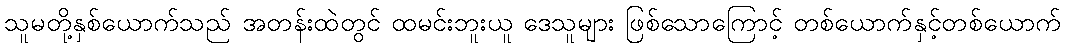
သူမတို့နှစ်ယောက်သည် အတန်းထဲတွင် ထမင်းဘူးယူ ဒေသူများ ဖြစ်သောကြောင့် တစ်ယောက်နှင့်တစ်ယောက်